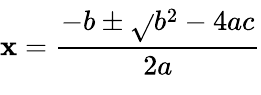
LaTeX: \overset{}{\underset{}{\mathbf{x}={\frac{{-b\pm{\sqrt{}{{b^{2}-4ac}}}}}{{2a}}}}}